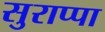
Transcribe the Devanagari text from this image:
सुराप्पा